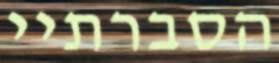
הסברתיי